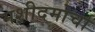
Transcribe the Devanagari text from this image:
मशीदमोर्चा